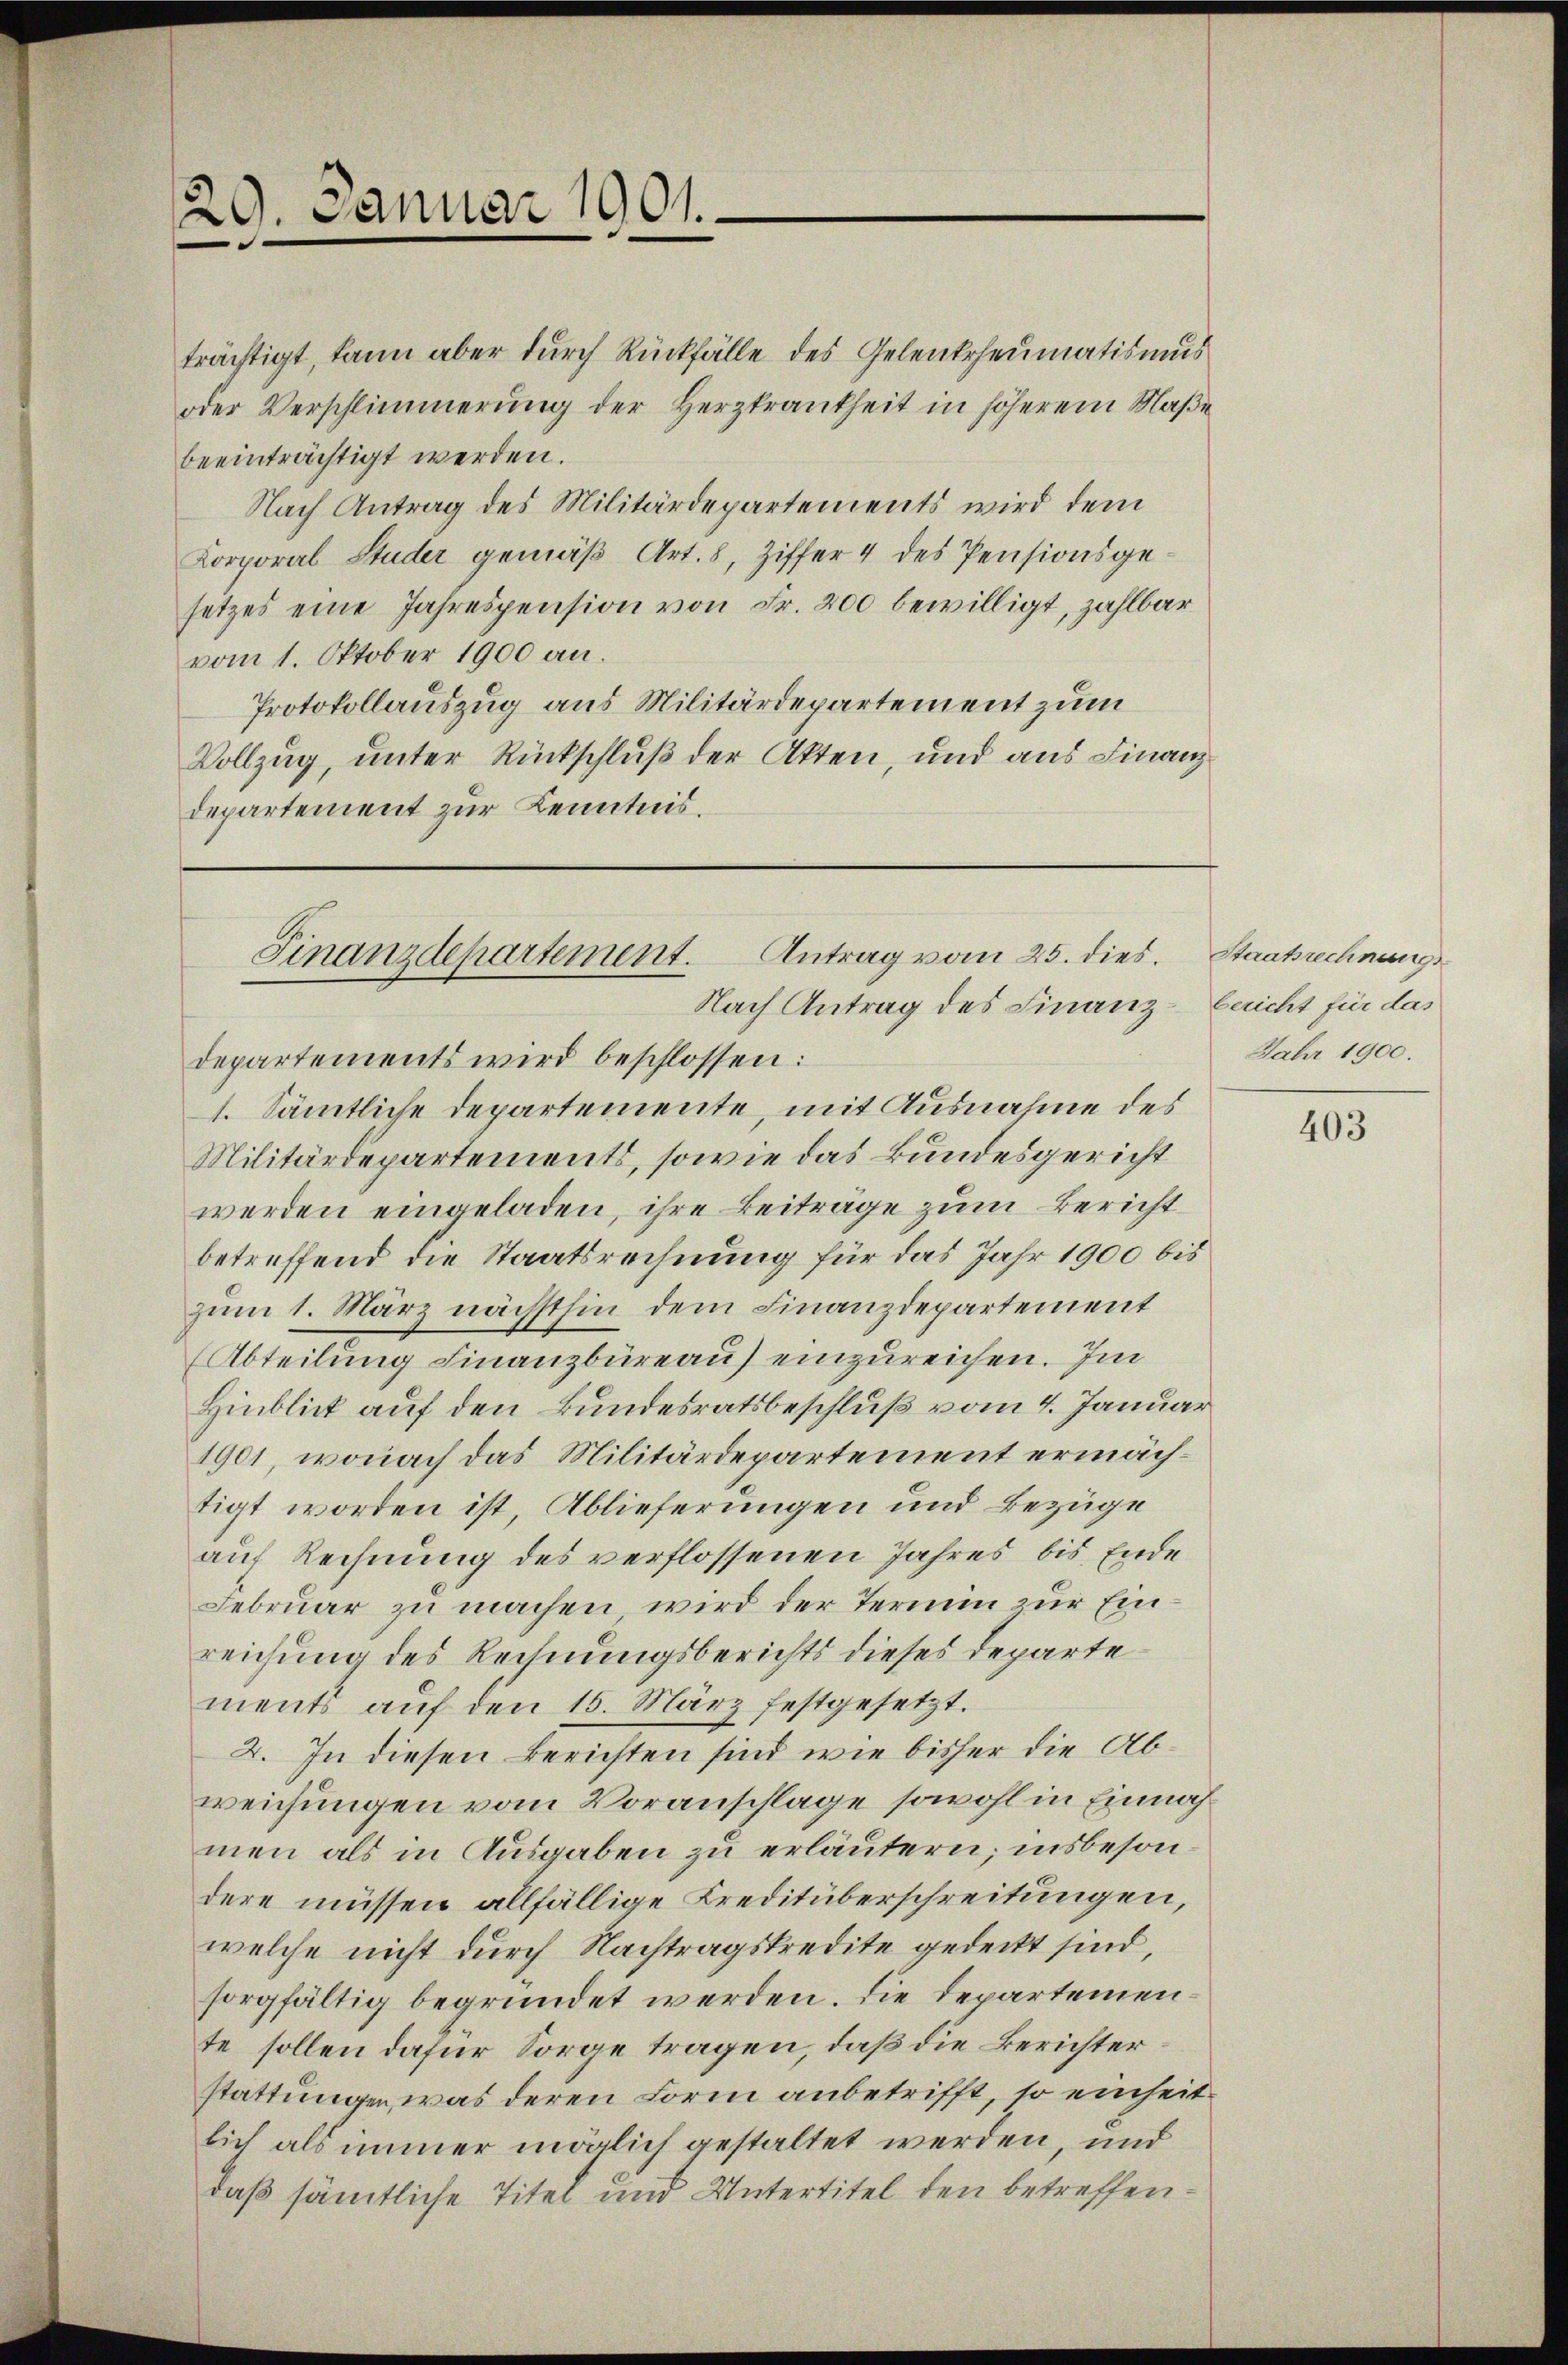
29. Januar 1901.

Nach Antrag des Militärdepartements wird dem
Korporal Studer gemäß Art. 8, Ziffer 4 des Pensionsgesetzes eine Jahrespension von Fr. 200 bewilligt, zahlbar
vom 1. Oktober 1900 an.
Protokollauszug aus Militärdepartement zum
Vollzug, unter Rückschluß der Akten, und aus Finanzdepartement zur Kenntnis.

trächtigt, kann aber durch Rückfälle des Gelentrheumatismus
oder Verschlimmerung der Herzkrankheit in höherem Maße
beeinträchtigt werden.

Antrag vom 25. dies. Staatrechnungs
Finanzdepartement.

Nach Antrag des Finanz-Bericht für das
departements wird beschlossen:
1. Sämtliche Departemente, mit Ausnahme des
Militärdepartements, sowie das Bundesgericht
werden eingeladen, ihre Beiträge zum Bericht
betreffend die Staatsrechnung für das Jahr 1900 bis
zum 1. März nächsthin dem Finanzdepartement
Abteilung Finanzbüreau einzureichen. Im
Hinblick auf den Bundesratsbeschluß vom 4. Januar
1901, wonach das Militärdepartement ermächtigt worden ist, Ablieferungen und Bezüge
auf Rechnung des verflossenen Jahres bis Ende
Februar zu machen wird der Termin zur Einreichung des Rechnungsberichts dieses Departements aŭf den 15. März festgesetzt.
2. In diesen Berichten sind wie bisher die Abweichungen vom Voranschlage sowohl in Einnahmen als in Ausgaben zu erläutern; insbesondere müssen allfällige Kreditüberschreitungen,
welche nicht durch Nachtragskredite gedeckt sind,
sorgfältig begründet werden. Die Departeien
te sollen dafür Sorge tragen, daß die Berichter
stattungen, was deren Form anbetrifft, so einheit
lich als immer möglich gestaltet werden, und
daß sämtliche Titel und Untertitel den betreffen

Jahr 1900.

403